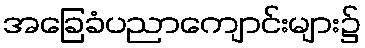
အခြေခံပညာကျောင်းများ၌